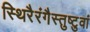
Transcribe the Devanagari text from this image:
स्थिरैरंगैस्तुष्टुवां